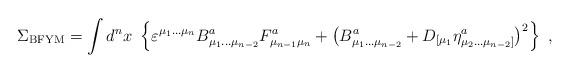
LaTeX: \begin{align*}\Sigma _{{\rm BFYM}}=\int d^nx\,\,\left\{ \varepsilon ^{\mu _1\ldots \mu_n}B_{\mu _1\ldots \mu _{n-2}}^aF_{\mu _{n-1}\mu _n}^a+\left( B_{\mu_1\ldots \mu _{n-2}}^a+D_{[\mu _1}\eta _{\mu _2\ldots \mu _{n-2}]}^a\right)^2\right\} \,\,, \end{align*}